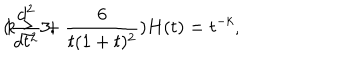
LaTeX: ( \frac { d ^ { 2 } } { d t ^ { 2 } } + \frac { 6 } { t ( 1 + t ) ^ { 2 } } ) H ( t ) = t ^ { - k } , \hspace { 0 . 1 m m } k \geq 3 .